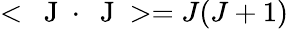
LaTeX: <\mathrm{~\mathbf~J~}\cdot\mathrm{~\mathbf~J~}>=J(J+1)